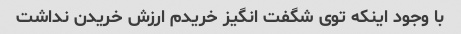
با وجود اینکه توی شگفت انگیز خریدم ارزش خریدن نداشت